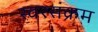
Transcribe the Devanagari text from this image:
स्वरसंक्रम